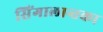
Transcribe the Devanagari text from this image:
सिंगालान्तका